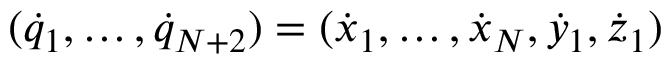
( { \dot { q } } _ { 1 } , \dots , { \dot { q } } _ { N + 2 } ) = ( { \dot { x } } _ { 1 } , \dots , { \dot { x } } _ { N } , { \dot { y } } _ { 1 } , { \dot { z } } _ { 1 } )